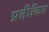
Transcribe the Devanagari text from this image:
प्रतीकित